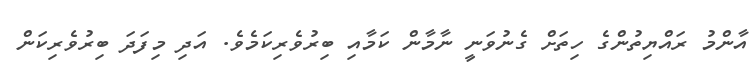
އާންމު ރައްޔިތުންގެ ހިތަށް ގެނުވަނީ ނާމާން ކަމާއި ބިރުވެރިކަމެވެ. އަދި މިފަދަ ބިރުވެރިކަން